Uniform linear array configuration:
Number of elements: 4
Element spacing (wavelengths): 0.25
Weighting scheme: cosine
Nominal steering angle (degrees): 0
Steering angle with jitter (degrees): -0.01273
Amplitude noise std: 0.05
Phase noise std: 0.05

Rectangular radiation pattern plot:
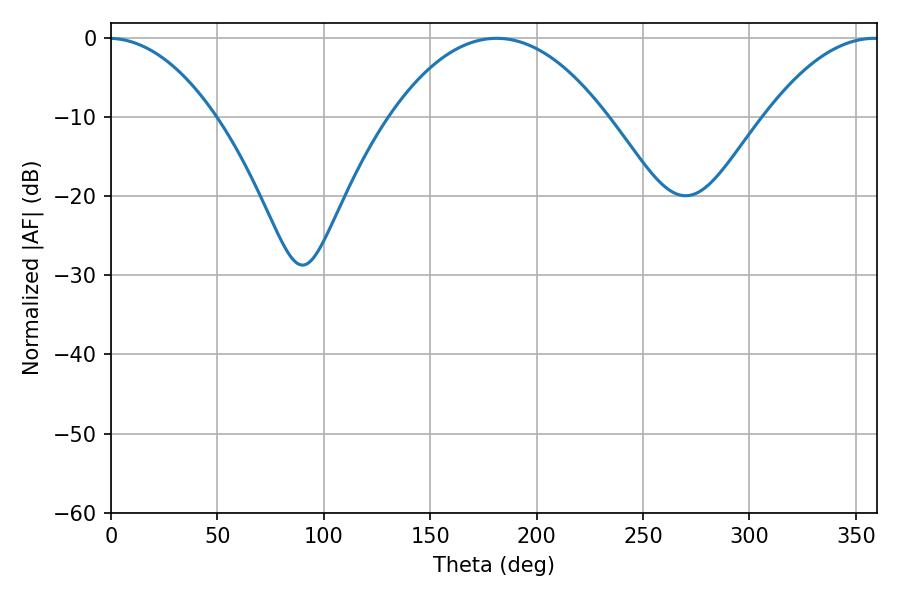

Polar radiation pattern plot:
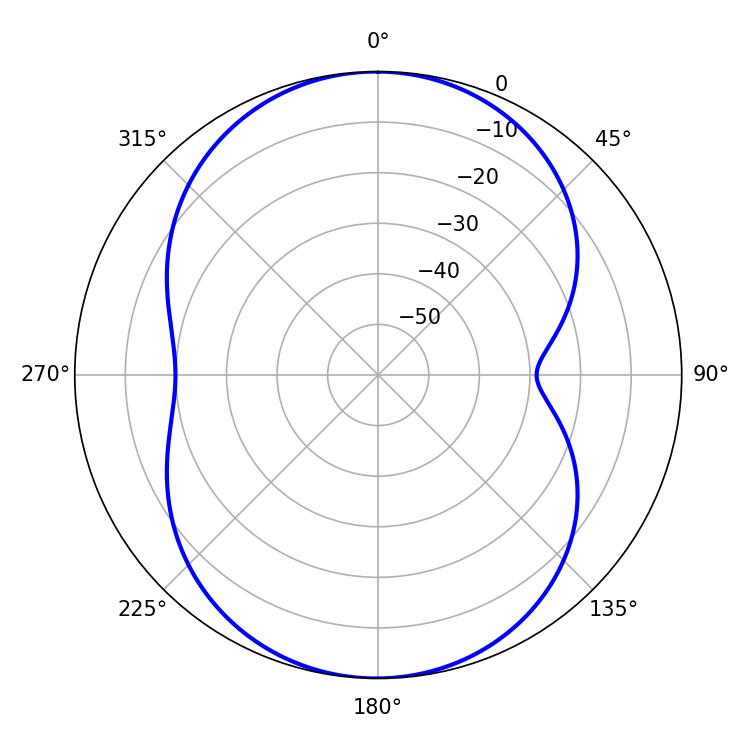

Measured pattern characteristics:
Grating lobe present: FALSE
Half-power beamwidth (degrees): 56.52
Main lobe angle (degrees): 181.26